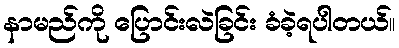
နာမည်ကို ပြောင်းလဲခြင်း ခံခဲ့ရပါတယ်။